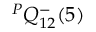
{ } ^ { P } Q _ { 1 2 } ^ { - } ( 5 )